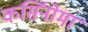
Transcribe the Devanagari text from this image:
कर्सिनोमा